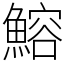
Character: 鰫